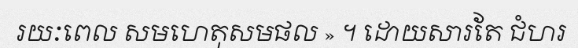
រយៈពេល សមហេតុសមផល » ។ ដោយសារតែ ជំហរ